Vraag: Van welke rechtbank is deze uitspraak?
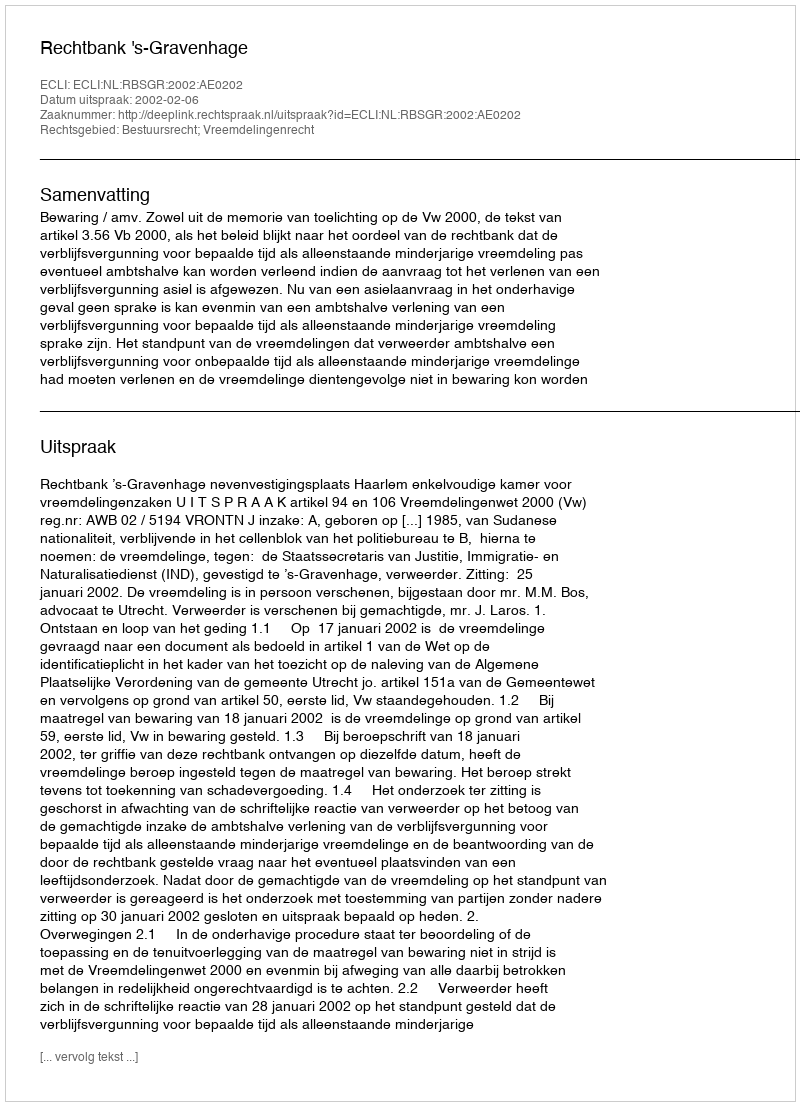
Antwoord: Rechtbank 's-Gravenhage